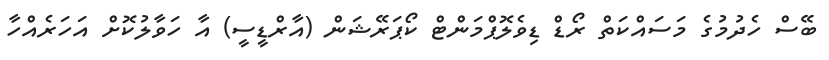
ބޭސް ހެދުމުގެ މަސައްކަތް ރޯޑް ޑިވެލޮޕްމަންޓް ކޯޕަރޭޝަން (އާރްޑީސީ) އާ ހަވާލުކޮށް އަހަރެއްހާ